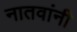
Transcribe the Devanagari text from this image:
नातवांनी